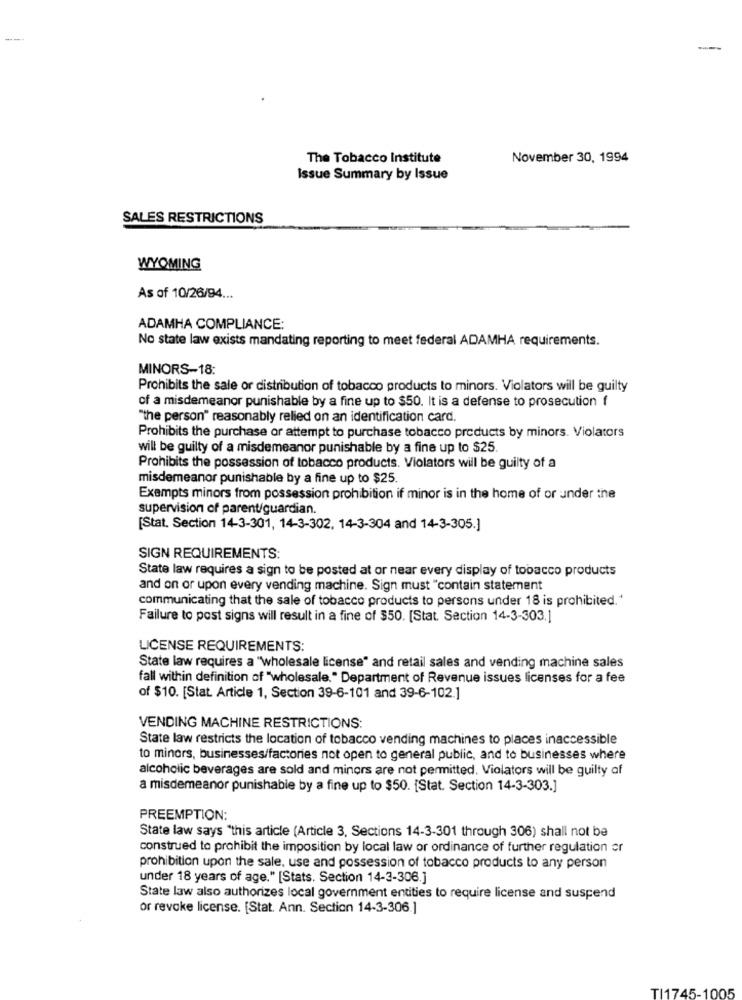
---
The Tobacco Institute
November 30, 1994
Issue Summary by Issue
SALES RESTRICTIONS
WYOMING
As of 10/26/94 ...
ADAMHA COMPLIANCE:
No state law exists mandating reporting to meet federal ADAMHA requirements.
MINORS-18:
Prohibits the sale or distribution of tobacco products to minors. Violators will be guilty
of a misdemeanor punishable by a fine up to $50. It is a defense to prosecution f
"the person" reasonably relied on an identification card.
Prohibits the purchase or attempt to purchase tobacco products by minors. Violators
will be guilty of a misdemeanor punishable by a fine up to $25.
Prohibits the possession of tobacco products. Violators will be guilty of a
misdemeanor punishable by a fine up to $25.
Exempts minors from possession prohibition if minor is in the home of or under the
supervision of parent/guardian.
[Stat. Section 14-3-301, 14-3-302, 14-3-304 and 14-3-305.]
SIGN REQUIREMENTS:
State law requires a sign to be posted at or near every display of tobacco products
and on or upon every vending machine. Sign must "contain statement
communicating that the sale of tobacco products to persons under 18 is prohibited."
Failure to post signs will result in a fine of $50. [Stat. Section 14-3-303.]
LICENSE REQUIREMENTS:
State law requires a "wholesale license" and retail sales and vending machine sales
fall within definition of "wholesale. " Department of Revenue issues licenses for a fee
of $10. [Stat. Article 1, Section 39-6-101 and 39-6-102.]
VENDING MACHINE RESTRICTIONS:
State law restricts the location of tobacco vending machines to places inaccessible
to minors, businesses/factories not open to general public, and to businesses where
alcoholic beverages are sold and minors are not permitted. Violators will be guilty of
a misdemeanor punishable by a fine up to $50. [Stat. Section 14-3-303.]
PREEMPTION:
State law says "this article (Article 3, Sections 14-3-301 through 306) shall not be
construed to prohibit the imposition by local law or ordinance of further regulation or
prohibition upon the sale, use and possession of tobacco products to any person
under 18 years of age." [Stats. Section 14-3-306.]
State law also authorizes local government entities to require license and suspend
or revoke license. [Stat. Ann. Section 14-3-306.]
TI1745-1005